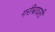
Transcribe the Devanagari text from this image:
गरीबाघरी